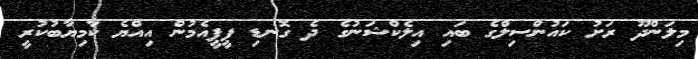
މިލަންދޫ ރަށު ކައުންސިލްގެ ބައި އިލެކްޝަނުގެ ދެ ގޮނޑި ޕީޕީއެމުން އިއްޔެ ކާމިޔާބުކުރީ